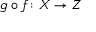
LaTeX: g \circ f \colon X \rightarrow Z